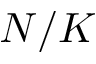
N / K